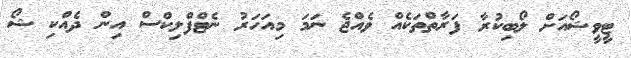
ޓީވީޝޯއަށް ލޯބިކުރާ ފަރާތްތަކެއް ވެއްޖެ ނަމަ މިއަހަރު ނެޓްފްލިކްސް އިން ދެއްކި ޝޯ